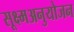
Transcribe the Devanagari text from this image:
सूक्ष्मअनुयोजन